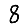
Digit: 8